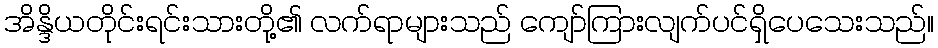
အိန္ဒိယတိုင်းရင်းသားတို့၏ လက်ရာများသည် ကျော်ကြားလျက်ပင်ရှိပေသေးသည်။